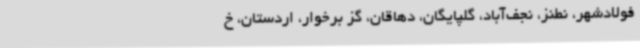
فولادشهر، نطنز، نجف‌آباد، گلپایگان، دهاقان، گز برخوار، اردستان، خ